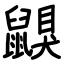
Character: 鼳